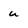
Character: u